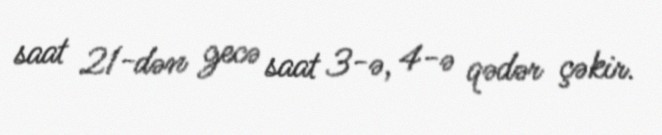
saat 21-dən gecə saat 3-ə, 4-ə qədər çəkir.